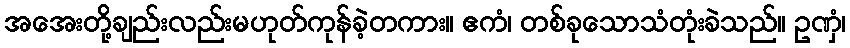
အအေးတို့ချည်းလည်းမဟုတ်ကုန်ခဲ့တကား။ ဧကံ၊ တစ်ခုသောသံတုံးခဲသည်။ ဥဏှံ၊